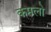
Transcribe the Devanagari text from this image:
कमलो